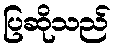
ပြဆိုသည်